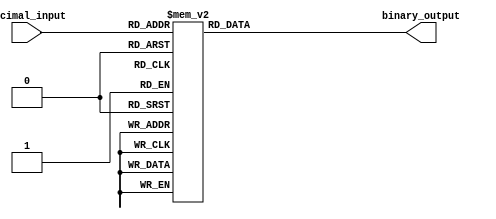
module DecimalToBinaryEncoder (
    input [3:0] decimal_input,  // 4-bit input for decimal digit (0-9)
    output reg [3:0] binary_output // 4-bit output for binary equivalent
);

    always @(*) begin
        case (decimal_input)
            4'b0000: binary_output = 4'b0000; // 0 -> 0000
            4'b0001: binary_output = 4'b0001; // 1 -> 0001
            4'b0010: binary_output = 4'b0010; // 2 -> 0010
            4'b0011: binary_output = 4'b0011; // 3 -> 0011
            4'b0100: binary_output = 4'b0100; // 4 -> 0100
            4'b0101: binary_output = 4'b0101; // 5 -> 0101
            4'b0110: binary_output = 4'b0110; // 6 -> 0110
            4'b0111: binary_output = 4'b0111; // 7 -> 0111
            4'b1000: binary_output = 4'b1000; // 8 -> 1000
            4'b1001: binary_output = 4'b1001; // 9 -> 1001
            default: binary_output = 4'b0000; // Invalid input -> 0000
        endcase
    end

endmodule